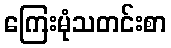
ကြေးမုံသတင်းစာ